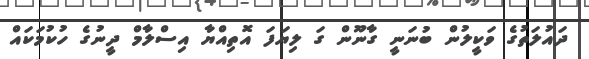
ދައުލަތުގެ ވަކީލުން ބުނަނީ ގާނޫން ގަ ލިޔަފަ އޮތިއްޔާ އިސްލާމް ދީނުގެ ހުކުމަކައް